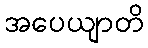
အပေယျာတိ